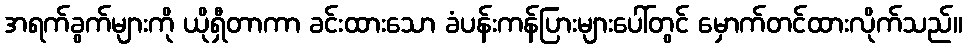
အရက်ခွက်များကို ယိုရှီတာကာ ခင်းထားသော ခံပန်းကန်ပြားများပေါ်တွင် မှောက်တင်ထားလိုက်သည်။